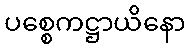
ပစ္စေကဋ္ဌာယိနော